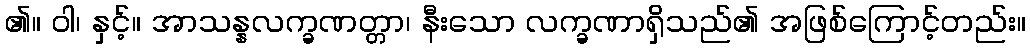
၏။ ဝါ၊ နှင့်။ အာသန္နလက္ခဏတ္တာ၊ နီးသော လက္ခဏာရှိသည်၏ အဖြစ်ကြောင့်တည်း။